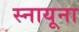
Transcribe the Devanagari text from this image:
स्नायूना